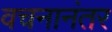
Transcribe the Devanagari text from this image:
वचनानंतर